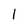
Character: 1